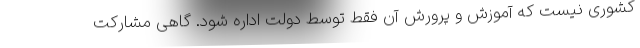
کشوری نیست که آموزش و پرورش آن فقط توسط دولت اداره شود. گاهی مشارکت